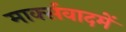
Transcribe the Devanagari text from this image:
मार्क्सवादमें